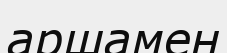
аршамен